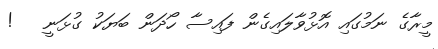
މީރާގެ ނަމުގައި އޮޅުވާލައިގެން ފައިސާ ހޯދަން ބަޔަކު ގުޅަނީ   !